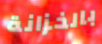
بالخزانة